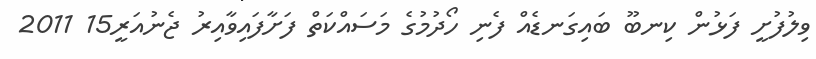
ވިލުފުށީ ފަޅުން ކިނބޫ ބައިގަނޑެއް ފެނި ހޯދުމުގެ މަސައްކަތް ފަށާފައިވާއިރު ޖެނުއަރީ15 2011